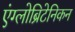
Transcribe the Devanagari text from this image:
एंग्लोब्रिटेनिकन